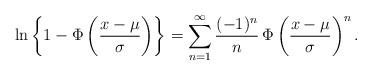
LaTeX: \begin{align*}\ln\left\{1-\Phi\left( \frac{x-\mu}{\sigma}\right)\right\}=\sum_{n=1}^{\infty}\frac{(-1)^n}{n}\,\Phi\left( \frac{x-\mu}{\sigma}\right)^n.\end{align*}